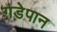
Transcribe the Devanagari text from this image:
गडेपान